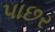
પાછર